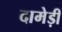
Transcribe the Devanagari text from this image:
दामेड़ी